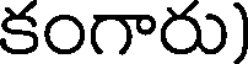
కంగారు)